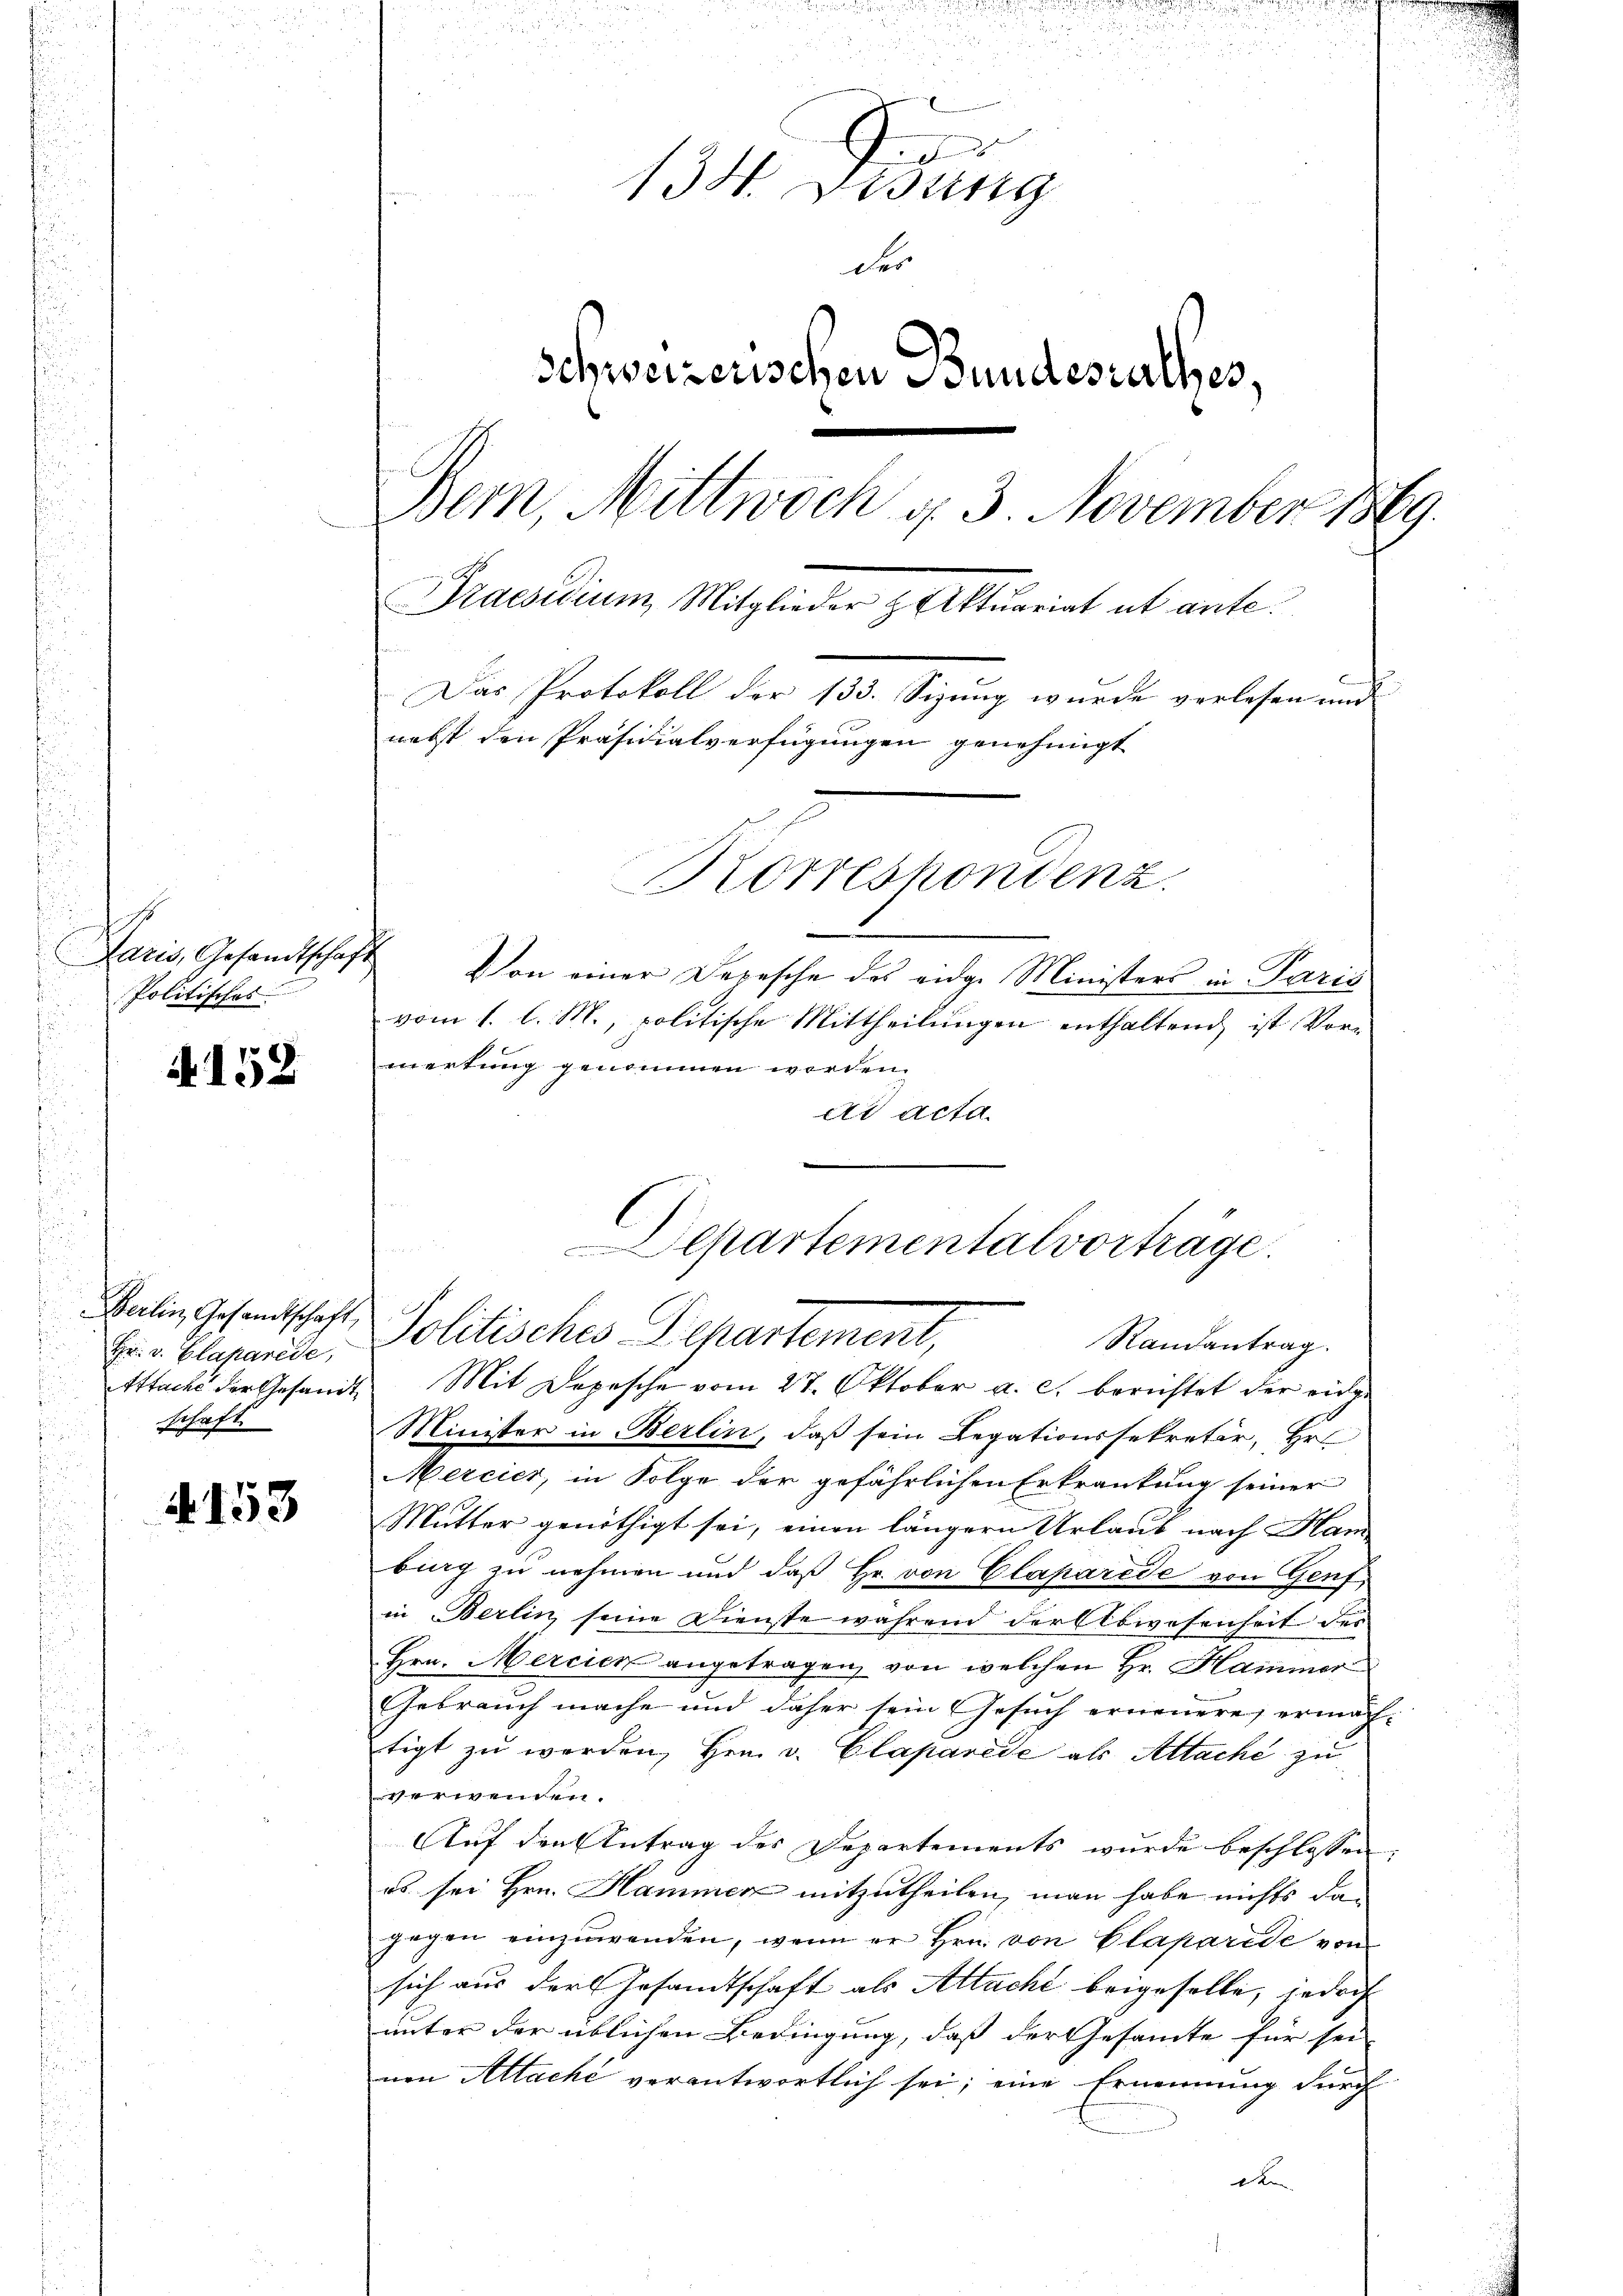
Politisches

A 152

.
Hr. v. Plaparede,
schaft.
i

4153

Faris, Gesandtschaft Von einer Depesche des eidge Ministers in Paris
vom 1. l. M., politische Mittheilungen enthaltend ist. Vormerkung genommen worden.
dd acta.
Ettacke der Gesandte Mit Depesche vom 27. Oktober a. c. berichtet der eidge
Minister in Berlin, daß sein Legationssekretär, Hr
Mercier, in Folge der gefährlichen Erkrankung seiner
Mutter genöthigt sei, einen längern Urlaub nach Han
big zu nehmen und daß Hr. von Claparede von Genf,
in Berlin seine Dienste während der Abwesenheit des
Hrn. Mercier angetragen, von welchen Hr. Hammer
Gebrauch mache und daher sein Gesuch erneuere, ermäch-
tigt zu werden, Hrn. v. Claparede als Attaché zu
verwenden.
Auf den Antrag des Departements wurde beschlossen
os. sei Hrn. Hammer mitzutheilen, man habe nichts dan
gegen einzuwenden, wenn er Hrn. von Claparide von
sich aus der Gesandtschaft als Altacht beigeselle, jedoch
unter der üblichen Bedingung, daß der Gesammte für sei-
nen Attaché verantwortlich sei; eine Ernennung durch
k

8
134. Disting
des
Schweizerischen Bundesrathes,
Bern, Mittwoch d. 3. November 1869.
Praesidium Mitglieder & Aktuariat ut ante
Das Protokoll der 133. Sizung wurde verlesen und
nebst den Präsidialverfügungen genehmigt
Korreshondenz.

Departementalvorträge.
Balin Gesandtschaft, Politisches Departement,
Randantrag.

.